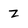
Character: z